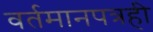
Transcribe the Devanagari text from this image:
वर्तमानपत्रही